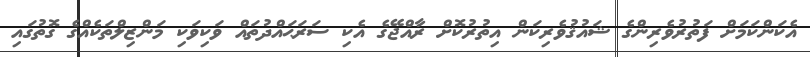
އެކަންކަމަށް ފަތުރުވެރިންގެ ޝައުޤުވެރިކަން އިތުރުކޮށް ރާއްޖޭގެ އެކި ސަރަޙައްދުތައް ވަކިވަކި މަންޒިލްތަކެއްގެ ގޮތުގައި